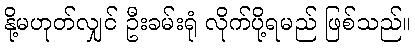
နို့မဟုတ်လျှင် ဦးခမ်းရုံ လိုက်ပို့ရမည် ဖြစ်သည်။